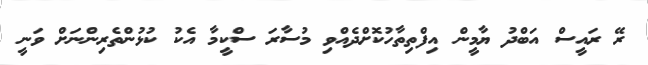
ރޭ ރައީސް އަބްދު ޔާމީން އިފްތިތާހުކޮށްދެއްވި މުސާރަ ސްކީމާ އެކު ކުޅުންތެރިންނަށް ވަނީ